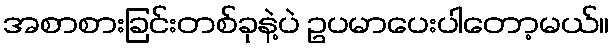
အစာစားခြင်းတစ်ခုနဲ့ပဲ ဥပမာပေးပါတော့မယ်။